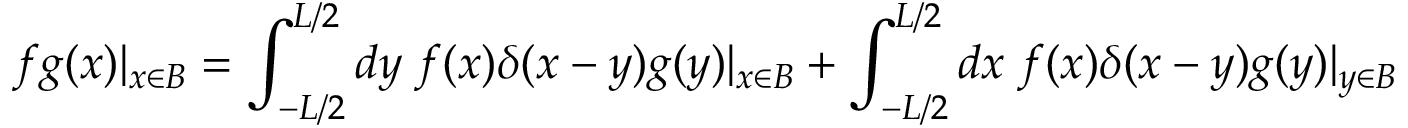
f g ( x ) | _ { x \in B } = \int _ { - L / 2 } ^ { L / 2 } d y \; f ( x ) \delta ( x - y ) g ( y ) | _ { x \in B } + \int _ { - L / 2 } ^ { L / 2 } d x \; f ( x ) \delta ( x - y ) g ( y ) | _ { y \in B }